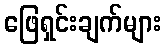
ဖြေရှင်းချက်များ